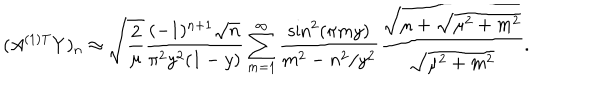
( A ^ { ( 1 ) \mathrm { T } } Y ) _ { n } \approx \sqrt { \frac { 2 } { \mu } } \frac { ( - 1 ) ^ { n + 1 } \sqrt { n } } { \pi ^ { 2 } y ^ { 2 } ( 1 - y ) } \sum _ { m = 1 } ^ { \infty } \frac { \sin ^ { 2 } ( \pi m y ) } { m ^ { 2 } - n ^ { 2 } / y ^ { 2 } } \frac { \sqrt { \mu + \sqrt { \mu ^ { 2 } + m ^ { 2 } } } } { \sqrt { \mu ^ { 2 } + m ^ { 2 } } } .